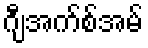
ဂျီအက်စ်အမ်